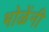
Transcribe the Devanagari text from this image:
भोळेंनी